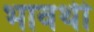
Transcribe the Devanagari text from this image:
भावथी